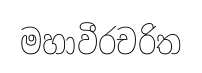
මහාවීරචරිත